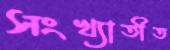
সংখ্যাতীত